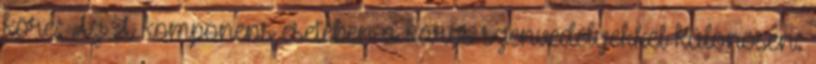
köre: Az A komponens esetében a káros szenvedélyekkel különösen: